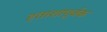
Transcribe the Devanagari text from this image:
हताशापूर्वक